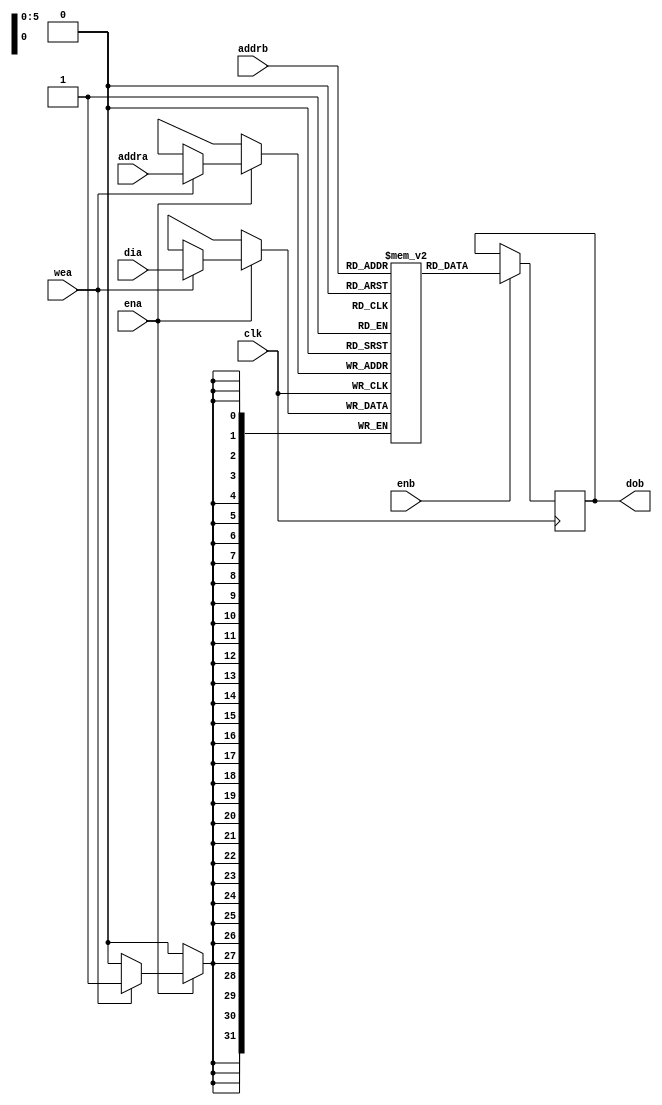
`timescale 1ns / 1ps
// RAM (BRAM) with 1 read port one write port and one clock
//  Intended for synthesis to xilinx BRAM (especially if big)
// From: https://www.xilinx.com/support/documentation/sw_manuals/xilinx2014_2/ug901-vivado-synthesis.pdf
//       page 104 "Simple Dual-Port Block RAM with Single Clock Verilog Coding Example"

module iram_1r1w1ck_64x32
   (clk,ena,enb,wea,addra,addrb,dia,dob);
   input clk,ena,enb,wea;
   input [5:0] addra,addrb;
   input [31:0] dia;
   output [31:0] dob;
   reg[31:0] ram [63:0];
   reg[31:0] dob;

always @(posedge clk) begin
 if (ena) begin
    if (wea)
        ram[addra] <= dia;
 end
end

always @(posedge clk) begin
  if (enb)
    dob <= ram[addrb];
end

endmodule